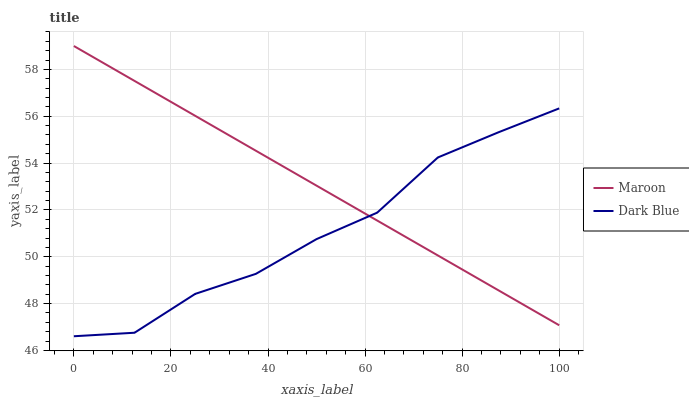
| xaxis_label | Maroon | Dark Blue |
 | --- | --- | --- |
 | 0 | 59 | 46.6 |
 | 12.5 | 57.5 | 46.8 |
 | 25 | 56 | 48.4 |
 | 37.5 | 54.5 | 49.3 |
 | 50 | 53 | 50.8 |
 | 62.5 | 51.5 | 51.9 |
 | 75 | 50.1 | 54.2 |
 | 87.5 | 48.6 | 55.3 |
 | 100 | 47.1 | 56.3 |